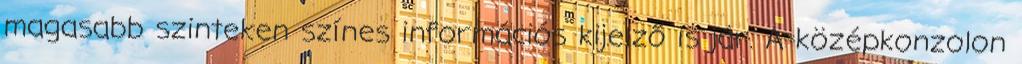
magasabb szinteken színes információs kijelző is jár. A középkonzolon